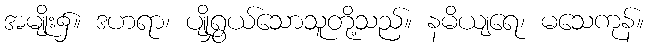
အမျိုး၌။ ဒဟရာ၊ ပျိုရွှယ်သောသူတို့သည်။ နမိယျရေ၊ မသေကုန်။